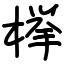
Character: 﨔